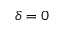
\delta = 0